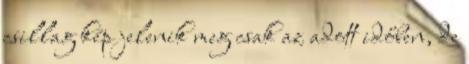
csillag kép jelenik meg csak az adott időben, de